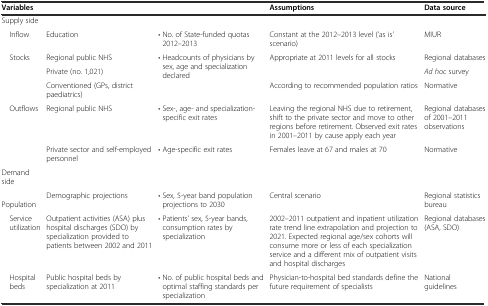
| <COLSPAN=3> Variables | Assumptions | Data source |
 | --- | --- | --- | --- | --- |
 | Supply side |  |  |  |  |
 | Inflow | Education | • No. of State-funded quotas 2012–2013 | Constant at the 2012–2013 level (‘as is’ scenario) | MIUR |
 | <ROWSPAN=3> Stocks | Regional public NHS | <ROWSPAN=3> • Headcounts of physicians by sex, age and specialization declared | <ROWSPAN=2> Appropriate at 2011 levels for all stocks | Regional databases |
 | Private (no. 1,021) | Ad hoc survey |
 | Conventioned (GPs, district paediatrics) | According to recommended population ratios | Normative |
 | <ROWSPAN=2> Outflows | Regional public NHS | • Sex-, age- and specialization-specific exit rates | Leaving the regional NHS due to retirement, shift to the private sector and move to other regions before retirement. Observed exit rates in 2001–2011 by cause apply each year | Regional databases of 2001–2011 observations |
 | Private sector and self-employed personnel | • Age-specific exit rates | Females leave at 67 and males at 70 | Normative |
 | Demand side |  |  |  |  |
 | Population | Demographic projections | • Sex, 5-year band population projections to 2030 | Central scenario | Regional statistics bureau |
 | Service utilization | Outpatient activities (ASA) plus hospital discharges (SDO) by specialization provided to patients between 2002 and 2011 | • Patients’ sex, 5-year bands, consumption rates by specialization | 2002–2011 outpatient and inpatient utilization rate trend line extrapolation and projection to 2021. Expected regional age/sex cohorts will consume more or less of each specialization service and a different mix of outpatient visits and hospital discharges | Regional databases (ASA, SDO) |
 | Hospital beds | Public hospital beds by specialization at 2011 | • No. of public hospital beds and optimal staffing standards per specialization | Physician-to-hospital bed standards define the future requirement of specialists | National guidelines |